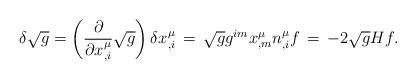
LaTeX: \begin{align*}\delta \sqrt{g} = \left ( \frac{\partial }{\partial x^\mu_{,i}}\sqrt {g} \right )\delta x^ \mu_{,i}\,=\, \sqrt {g}g^{im}x^\mu _{,m}n^\mu _{,i}f\,=\,-2 \sqrt {g}H f.\end{align*}